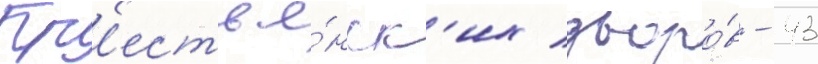
Кр'естья́нск'их дворо́в - 43